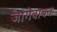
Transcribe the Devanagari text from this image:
जागेबाबत